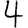
Digit: 4